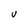
Character: V